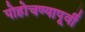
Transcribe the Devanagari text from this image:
पोहोचण्यापूर्वी